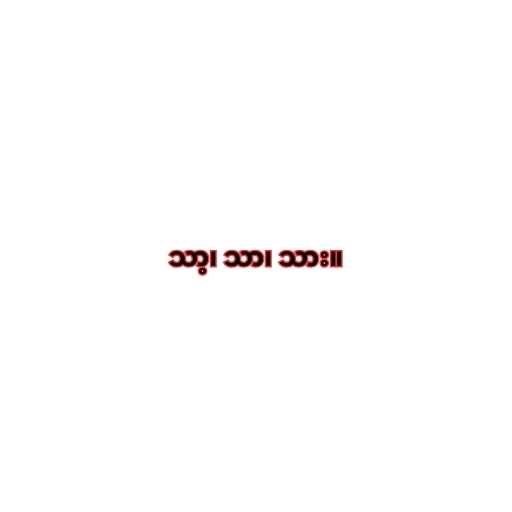
သာ့၊ သာ၊ သား။